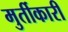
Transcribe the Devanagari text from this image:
मुर्तीकारी